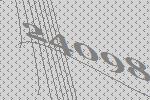
24098